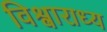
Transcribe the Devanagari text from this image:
विश्वाराध्य